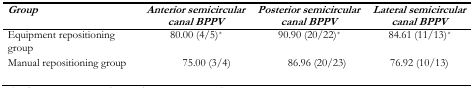
<table><thead><tr><td><b><i>Group</i></b></td><td><b><i>Anterior semicircular canal BPPV</i></b></td><td><b><i>Posterior semicircular canal BPPV</i></b></td><td><b><i>Lateral semicircular canal BPPV</i></b></td></tr></thead><tbody><tr><td>Equipment repositioning group</td><td>80.00 (4/5)<i><sup>*</sup></i></td><td>90.90 (20/22)<i><sup>*</sup></i></td><td>84.61 (11/13)<i><sup>*</sup></i></td></tr><tr><td>Manual repositioning group</td><td>75.00 (3/4)</td><td>86.96 (20/23)</td><td>76.92 (10/13)</td></tr></tbody></table>